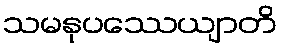
သမနုပဿေယျာတိ